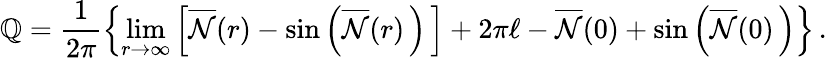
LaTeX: \mathbb{Q}=\frac{{1}}{{2\pi}}\left\{ \operatorname*{lim}_{r{\rightarrow}{\infty}}\left[\overline{{{{\cal{N}}}}}(r)-{\sin}\left(\overline{{{{\cal{N}}}}}(r)\, \right)\, \right]+2\pi\ell-\overline{{{{\cal{N}}}}}(0)+{\sin}\left(\overline{{{{\cal{N}}}}}(0)\, \right)\right\} \, .